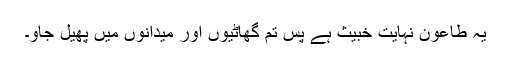
یہ طاعون نہایت خبیث ہے پس تم گھاٹیوں اور میدانوں میں پھیل جاو۔